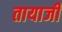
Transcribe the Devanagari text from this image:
तायाजी